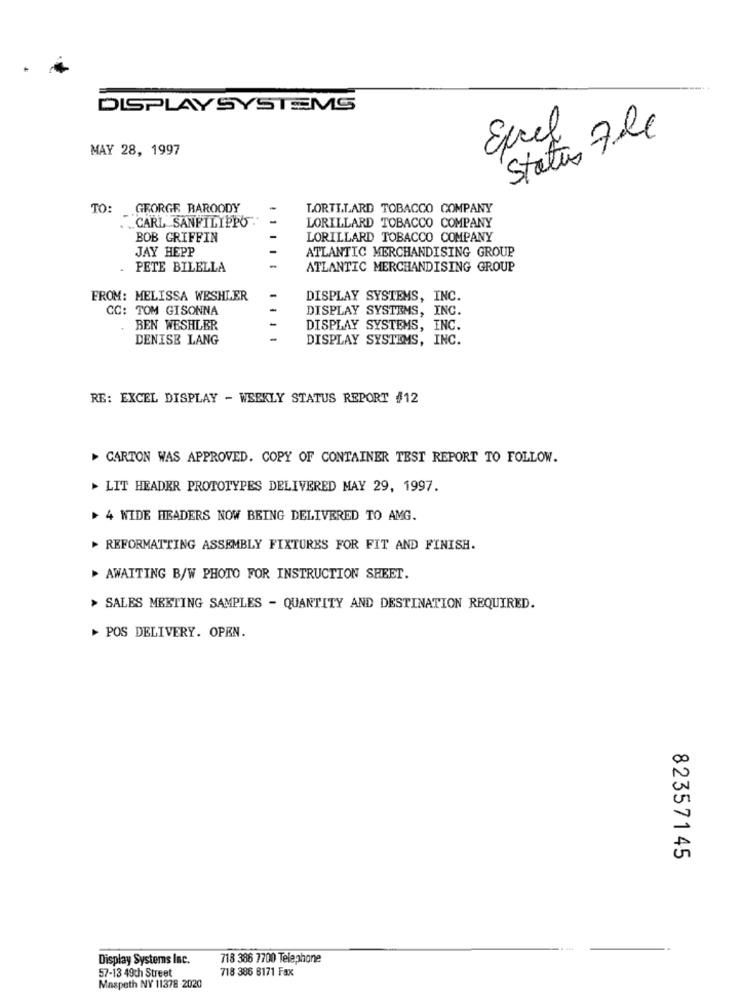
DISPLAY SYSTEMS
Status 7le
Excel
MAY 28, 1997
TO:
GEORGE BAROODY
LORTILARD TOBACCO COMPANY
.. CARL SANFILIPPO"
1. 1
LORILLARD TOBACCO COMPANY
BOB GRIFFIN
LORILLARD TOBACCO COMPANY
JAY HEPP
ATLANTIC MERCHANDISING GROUP
PETE BILELLA
ATLANTIC MERCHANDISING GROUP
FROM: MELISSA WESHLER
DISPLAY SYSTEMS, INC.
CC: TOM GISONNA
DISPLAY SYSTEMS, INC.
BEN WESHLER
DISPLAY SYSTEMS, INC.
DENISE LANG
DISPLAY SYSTEMS, INC.
RE: EXCEL DISPLAY - WEEKLY STATUS REPORT #12
CARTON WAS APPROVED. COPY OF CONTAINER TEST REPORT TO FOLLOW.
> LIT HEADER PROTOTYPES DELIVERED MAY 29, 1997.
> 4 WIDE HEADERS NOW BEING DELIVERED TO AMG.
REFORMATTING ASSEMBLY FIXTURES FOR FIT AND FINISH.
AWAITING B/W PHOTO FOR INSTRUCTION SHEET.
> SALES MEETING SAMPLES - QUANTITY AND DESTINATION REQUIRED.
> POS DELIVERY. OPEN.
82357145
Display Systems Inc.
718 386 7700 Telephone
718 386 8171 Fax
57-13 49ch Street
Maspeth NY 11378 -2020